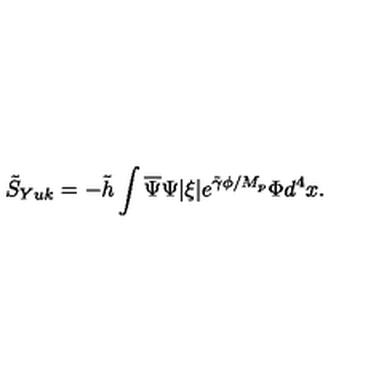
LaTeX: \tilde { S } _ { Y u k } = - \tilde { h } \int \overline { { \Psi } } \Psi | \xi | e ^ { \tilde { \gamma } \phi / M _ { p } } \Phi d ^ { 4 } x .